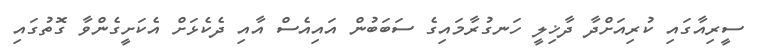
ސީރިއާގައި ކުރިއަށްދާ ދާޚިލީ ހަނގުރާމައިގެ ސަބަބުން އައިއެސް އާއި ދެކެޅަށް އެކަށީގެންވާ ގޮތުގައި